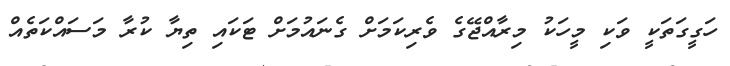
ހަގީގަތަކީ ވަކި މީހަކު މިރާއްޖޭގެ ވެރިކަމަށް ގެނައުމަށް ޓަކައި ތިޔާ ކުރާ މަސައްކަތެއް